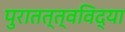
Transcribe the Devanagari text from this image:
पुरातत्त्वविद्या